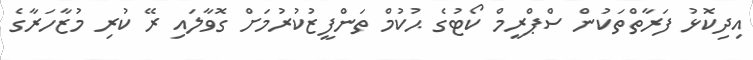
އިދިކޮޅު ފަރާތްތަކުން ސްޕްރީމް ކޯޓުގެ ޙުކުމް ތަންފީޒުކުރުމަށް ގޮވާލައި ރޭ ކުރި މުޒާހަރާގެ